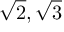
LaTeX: { \sqrt { 2 } } , { \sqrt { 3 } }